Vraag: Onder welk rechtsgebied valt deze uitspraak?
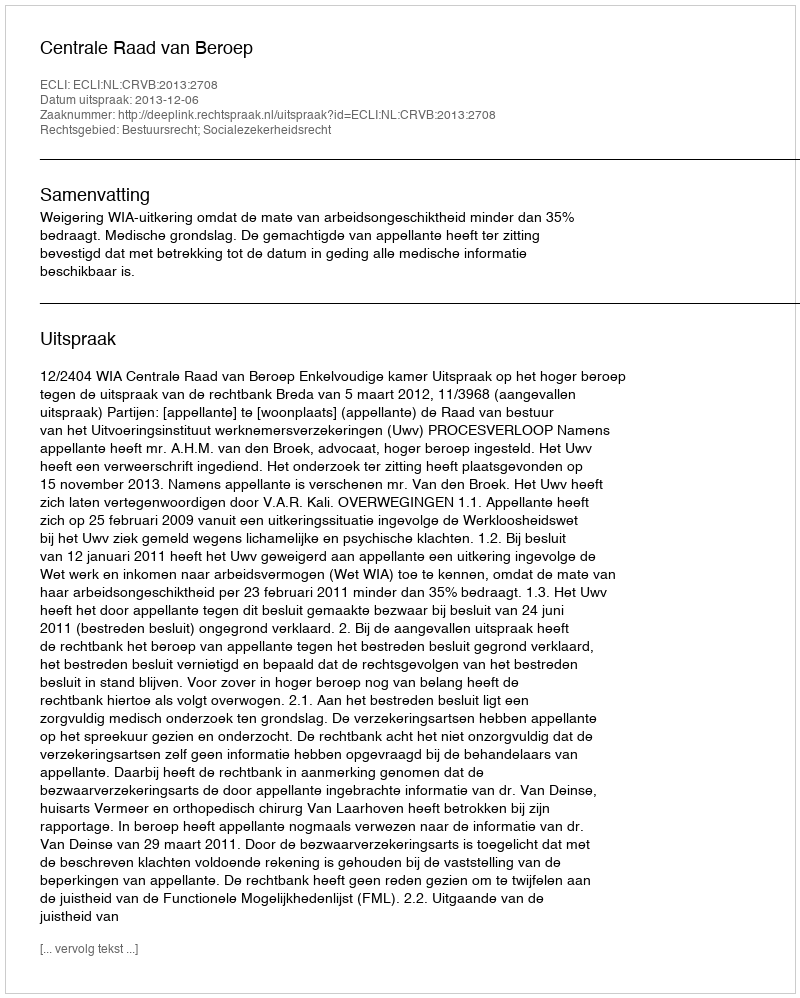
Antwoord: Bestuursrecht; Socialezekerheidsrecht